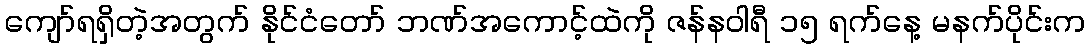
ကျော်ရရှိတဲ့အတွက် နိုင်ငံတော် ဘဏ်အကောင့်ထဲကို ဇန်နဝါရီ ၁၅ ရက်နေ့ မနက်ပိုင်းက